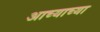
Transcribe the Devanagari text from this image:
आच्याच्या